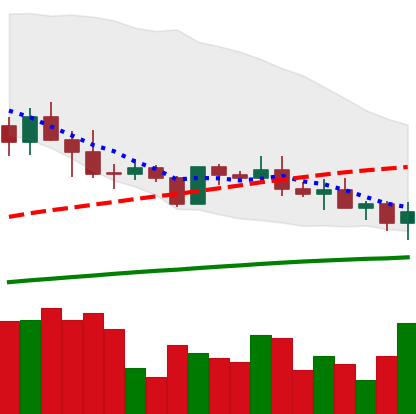
Ticker: ADA-USD
Chart end date: 2019-05-10
Forward return: 48.122%
Label: up_7plus